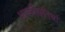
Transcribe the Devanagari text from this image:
भावस्थितियों